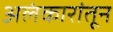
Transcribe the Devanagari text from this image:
अलंकारांतून